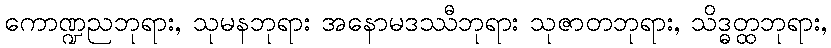
ကောဏ္ဍညဘုရား, သုမနဘုရား အနောမဒဿီဘုရား သုဇာတဘုရား, သိဒ္ဓတ္ထဘုရား,